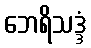
ဘေရိသဒ္ဒံ